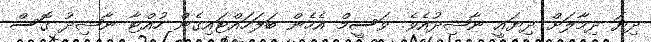
ދިޔަ ދިމާލަށް ދިޔައީ ނާޝިދުއެވެ. ވަސީމް އެހެން ބަލަހައްޓައިގެން ހުއްޓާ ނާޝިދު ގޮސް